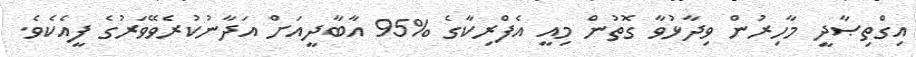
އިގްތިޞާދީ މާހިރުން ވިދާޅުވާ ގޮތުން މިއީ އެފްރިކާގެ %95 އާބާދީއަށް އަދާނުކުރެވޭވަރުގެ ފީއެކެވެ.